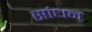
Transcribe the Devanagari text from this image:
सांधन